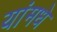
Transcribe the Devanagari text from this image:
यांमधे